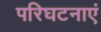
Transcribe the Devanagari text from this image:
परिघटनाएं